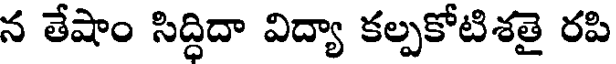
న తేషాం సిద్ధిదా విద్యా కల్పకోటిశతై రపి